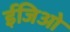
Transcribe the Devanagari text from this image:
ईजिओ